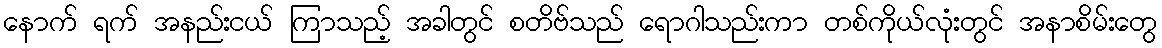
နောက် ရက် အနည်းငယ် ကြာသည့် အခါတွင် စတိဗ်သည် ရောဂါသည်းကာ တစ်ကိုယ်လုံးတွင် အနာစိမ်းတွေ